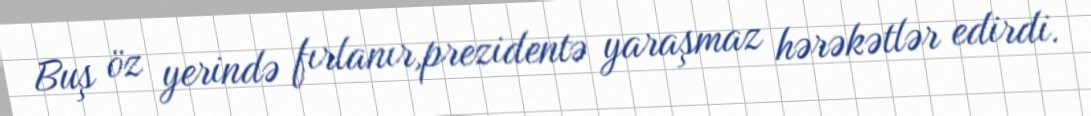
Buş öz yerində fırlanır,prezidentə yaraşmaz hərəkətlər edirdi.